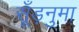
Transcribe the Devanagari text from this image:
सूँड़नुमा